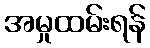
အမှုထမ်းရန်